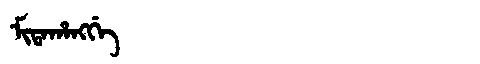
Manchu: ᠮᡳᡨᠠᡥᠠᠩᡤᡝ
Romanization: MITAHANGGE